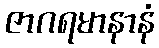
ဇာဂရမာနာနံ